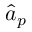
\hat { a } _ { p }